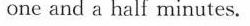
one and a half minutes.